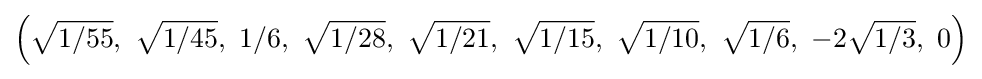
\left({\sqrt {1/55}},\ {\sqrt {1/45}},\ 1/6,\ {\sqrt {1/28}},\ {\sqrt {1/21}},\ {\sqrt {1/15}},\ {\sqrt {1/10}},\ {\sqrt {1/6}},\ -2{\sqrt {1/3}},\ 0\right)